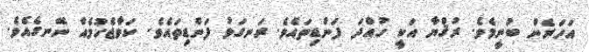
އަހަރެން ބުނީމެވެ. ރުޤްޔާ އަކީ ހުއްދަ ފަންޑިތައެވެ. ރަނގަޅު ފަންޑިތައެވެ. ކަވާޖެހުމެއް ނޭނގެއެވެ.